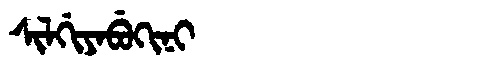
Manchu: ᠰᡳᠯᡤᡳᠶᠠᠪᡠᡴᡳᠨᡳ
Romanization: SILGIYABUKINI